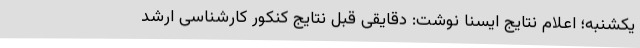
یکشنبه؛ اعلام نتایج ایسنا نوشت: دقایقی قبل نتایج کنکور کارشناسی ارشد